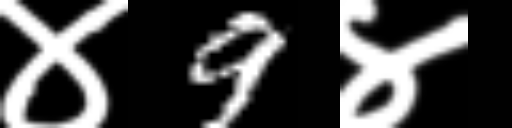
Text: ४9४